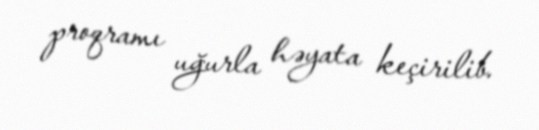
proqramı uğurla həyata keçirilib.